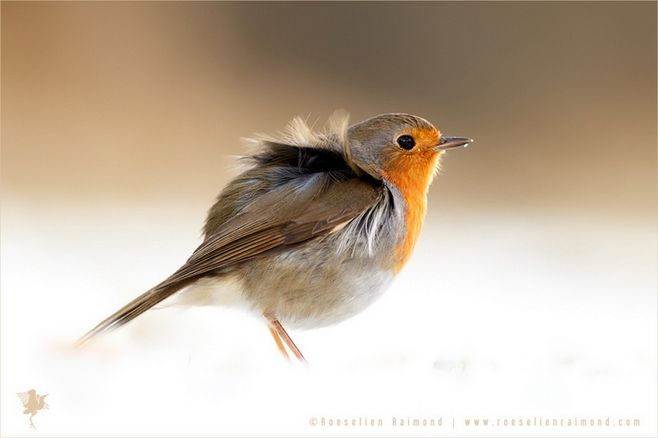
百啭千声随意移，山花红紫树高低。